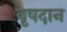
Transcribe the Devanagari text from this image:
वृषदान